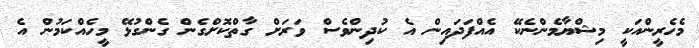
މެހެރީންއަކީ މިޝްޔާމެންނެކޭ އެއްފަދައިން އެ ކުދިންވެސް ވަރަށް ގާތްކޮށްގެން ގެންގުޅޭ މީހެއްކަމުން އެ